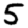
Digit: 5